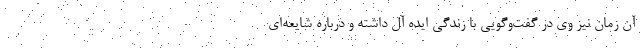
آن زمان نیز وی در گفت‌وگویی با زندگی ایده آل داشته و درباره شایعه‌ای